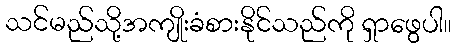
သင်မည်သို့အကျိုးခံစားနိုင်သည်ကို ရှာဖွေပါ။